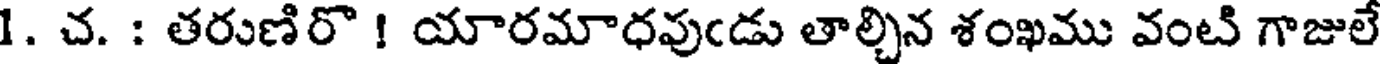
1. చ. : తరుణిరొ ! యారమాధవుఁడు తాల్చిన శంఖము వంటి గాజులే